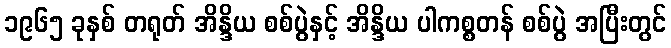
၁၉၆၅ ခုနှစ် တရုတ် အိန္ဒိယ စစ်ပွဲနှင့် အိန္ဒိယ ပါကစ္စတန် စစ်ပွဲ အပြီးတွင်